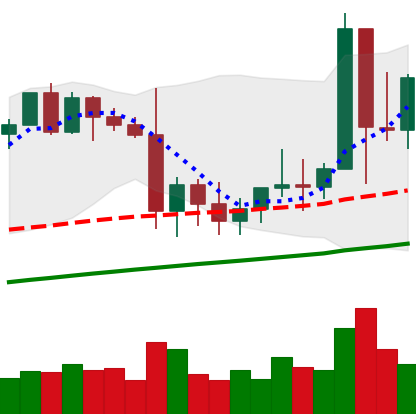
Ticker: XMR-USD
Chart end date: 2021-01-13
Forward return: -8.641%
Label: down_7plus